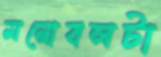
মনোবলটা